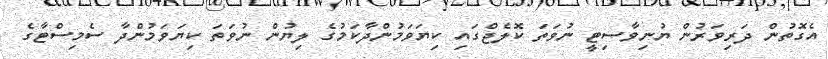
އެގޮތުން ދަރިވަރުން ޔުނިވާސިޓީ ނުވަތަ ކޮލެޖްގައި ކިޔަވަމުންދާކަމުގެ ލިޔުން ނުވަތަ ކިޔަވަމުންދާ ސެމިސްޓާގެ